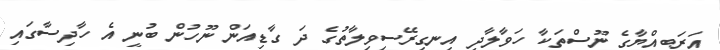
އަރަބިއްޔާގެ ނޫސްތަކާ ހަވާލާދީ އިނގިރޭސިވިލާތުގެ ދަ ގާޑިއަން ނޫހުން ބުނީ އެ ހާދިސާގައި